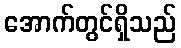
အောက်တွင်ရှိသည်